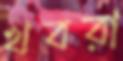
খবরা